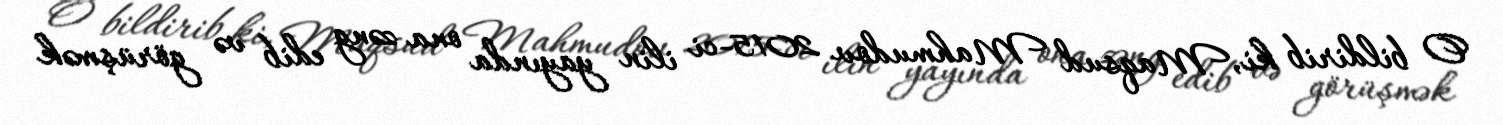
O bildirib ki, Maqsud Mahmudov 2015-ci ilin yayında ona zəng edib və görüşmək